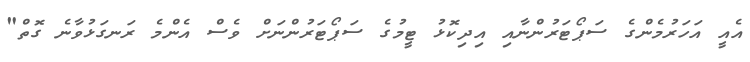
އެއީ އަހަރުމެންގެ ސަޕޯޓަރުންނާއި އިދިކޮޅު ޓީމުގެ ސަޕޯޓަރުންނަށް ވެސް އެންމެ ރަނގަޅުވާނެ ގޮތް"